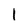
Character: 1